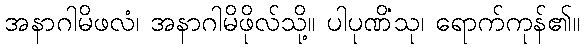
အနာဂါမိဖလံ၊ အနာဂါမိဖိုလ်သို့။ ပါပုဏိံသု၊ ရောက်ကုန်၏။